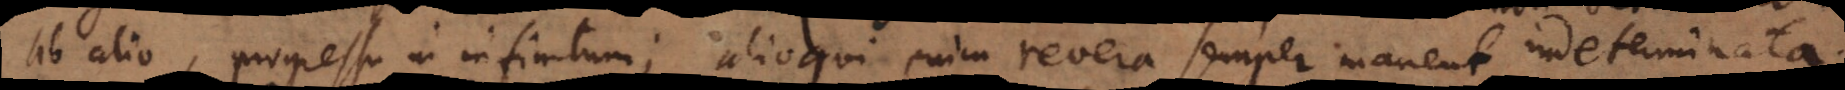
ab alio, progressu in infinitum; alioqui enim revera semper manent indeterminata;